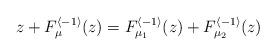
LaTeX: \begin{align*}z+F_{\mu}^{\langle-1\rangle}(z)=F_{\mu_{1}}^{\langle-1\rangle}(z)+F_{\mu_{2}}^{\langle-1\rangle}(z)\end{align*}